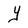
Character: Y